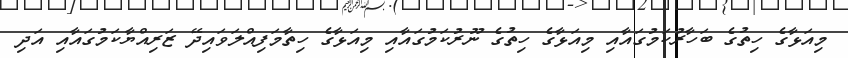
މިއަޅާގެ ހިތުގެ ބަހާރުކަމުގައާއި މިއަޅާގެ ހިތުގެ ނޫރުކަމުގައާއި މިއަޅާގެ ހިތާމަފިއްލަވައިދޭ ޒަރިއްޔާކަމުގައާއި އަދި